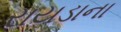
રાયડાના